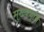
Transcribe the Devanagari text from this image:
मुख्‍यभूमि